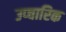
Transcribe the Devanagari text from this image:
उप्चारिक